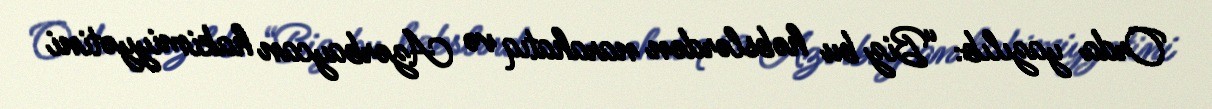
Orda yazılıb: “Biz bu həbslərdən narahatıq və Azərbaycan hakimiyyətini